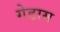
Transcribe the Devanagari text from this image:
गेडाम